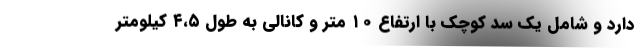
دارد و شامل یک سد کوچک با ارتفاع ۱۰ متر و کانالی به طول ۴،۵ کیلومتر